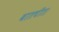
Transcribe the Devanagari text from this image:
बातचीत।